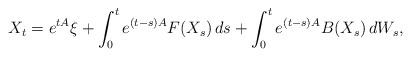
LaTeX: \begin{align*}X_t = e^{tA} \xi + \int_0^t e^{(t-s)A}F(X_s) \, ds+\int_0^t e^{(t-s)A} B( X_s ) \, dW_s,\end{align*}